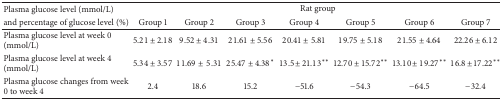
<table><thead><tr><td><b>Plasma glucose level (mmol/L) </b></td><td colspan="7"><b>Rat group</b></td></tr><tr><td><b>and percentage of glucose level (%)</b></td><td><b>Group 1</b></td><td><b>Group 2</b></td><td><b>Group 3</b></td><td><b>Group 4</b></td><td><b>Group 5</b></td><td><b>Group 6</b></td><td><b>Group 7</b></td></tr></thead><tbody><tr><td>Plasma glucose level at week 0 (mmol/L)</td><td>5.21 ± 2.18</td><td>9.52 ± 4.31</td><td>21.61 ± 5.56</td><td>20.41 ± 5.81</td><td>19.75 ± 5.18</td><td>21.55 ± 4.64</td><td>22.26 ± 6.12</td></tr><tr><td>Plasma glucose level at week 4 (mmol/L)</td><td>5.34 ± 3.57</td><td>11.69 ± 5.31</td><td>25.47 ± 4.38*</td><td>13.5 ± 21.13**</td><td>12.70 ± 15.72**</td><td>13.10 ± 19.27**</td><td>16.8 ± 17.22**</td></tr><tr><td>Plasma glucose changes from week 0 to week 4 </td><td>2.4</td><td>18.6</td><td>15.2</td><td>−51.6</td><td>−54.3</td><td>−64.5</td><td>−32.4</td></tr></tbody></table>